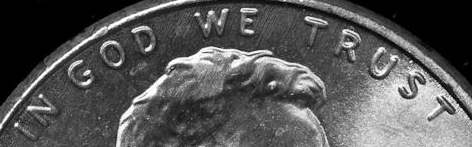
IN GOD WE TRUST